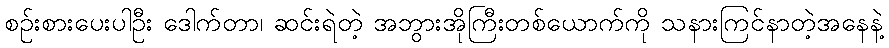
စဉ်းစားပေးပါဦး ဒေါက်တာ၊ ဆင်းရဲတဲ့ အဘွားအိုကြီးတစ်ယောက်ကို သနားကြင်နာတဲ့အနေနဲ့